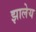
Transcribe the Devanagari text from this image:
झालेय